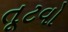
તૂટવો